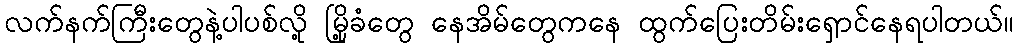
လက်နက်ကြီးတွေနဲ့ပါပစ်လို့ မြို့ခံတွေ နေအိမ်တွေကနေ ထွက်ပြေးတိမ်းရှောင်နေရပါတယ်။